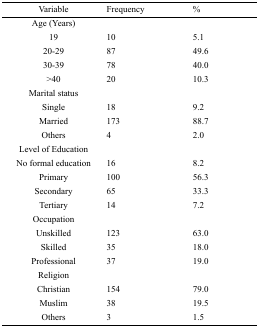
<table><thead><tr><td><b>Variable</b></td><td><b>Frequency</b></td><td><b>%</b></td></tr></thead><tbody><tr><td>Age (Years)</td><td></td><td></td></tr><tr><td>19</td><td>10</td><td>5.1</td></tr><tr><td>20-29</td><td>87</td><td>49.6</td></tr><tr><td>30-39</td><td>78</td><td>40.0</td></tr><tr><td>&gt;40</td><td>20</td><td>10.3</td></tr><tr><td>Marital status</td><td></td><td></td></tr><tr><td>Single</td><td>18</td><td>9.2</td></tr><tr><td>Married</td><td>173</td><td>88.7</td></tr><tr><td>Others</td><td>4</td><td>2.0</td></tr><tr><td>Level of Education</td><td></td><td></td></tr><tr><td>No formal education</td><td>16</td><td>8.2</td></tr><tr><td>Primary</td><td>100</td><td>56.3</td></tr><tr><td>Secondary</td><td>65</td><td>33.3</td></tr><tr><td>Tertiary</td><td>14</td><td>7.2</td></tr><tr><td>Occupation</td><td></td><td></td></tr><tr><td>Unskilled</td><td>123</td><td>63.0</td></tr><tr><td>Skilled</td><td>35</td><td>18.0</td></tr><tr><td>Professional</td><td>37</td><td>19.0</td></tr><tr><td>Religion</td><td></td><td></td></tr><tr><td>Christian</td><td>154</td><td>79.0</td></tr><tr><td>Muslim</td><td>38</td><td>19.5</td></tr><tr><td>Others</td><td>3</td><td>1.5</td></tr></tbody></table>